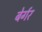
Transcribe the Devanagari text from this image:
बेर्गर